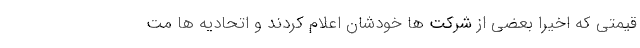
قیمتی که اخیرا بعضی از شرکت ها خودشان اعلام کردند و اتحادیه ها مت